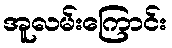
အူလမ်းကြောင်း